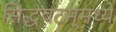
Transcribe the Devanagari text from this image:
सिद्धवटम्‌मध्ये